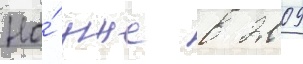
Но́ уже в 2009